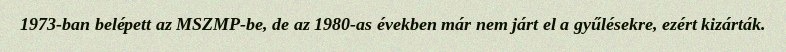
1973-ban belépett az MSZMP-be, de az 1980-as években már nem járt el a gyűlésekre, ezért kizárták.